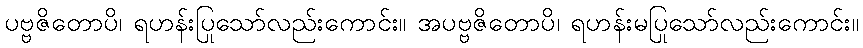
ပဗ္ဗဇိတောပိ၊ ရဟန်းပြုသော်လည်းကောင်း။ အပဗ္ဗဇိတောပိ၊ ရဟန်းမပြုသော်လည်းကောင်း။